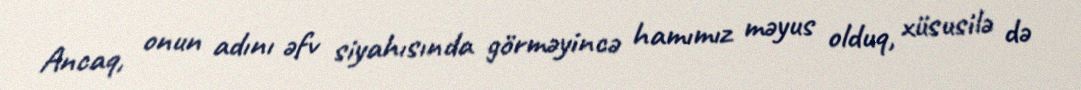
Ancaq, onun adını əfv siyahısında görməyincə hamımız məyus olduq, xüsusilə də